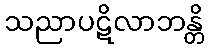
သညာပဋိလာဘန္တိ